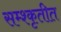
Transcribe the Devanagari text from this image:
सम्श्कृतीत